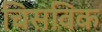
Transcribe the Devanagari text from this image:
चिसविक